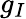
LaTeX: g_{I}